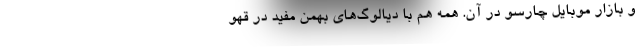
و بازار موبایل چارسو در آن. همه هم با دیالوگ‌های بهمن مفید در قهو